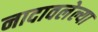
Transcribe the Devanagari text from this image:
नादावलेल्या